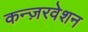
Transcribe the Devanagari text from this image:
कन्ज़रवेशन